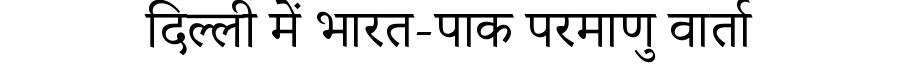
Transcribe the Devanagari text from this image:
दिल्ली में भारत-पाक परमाणु वार्ता